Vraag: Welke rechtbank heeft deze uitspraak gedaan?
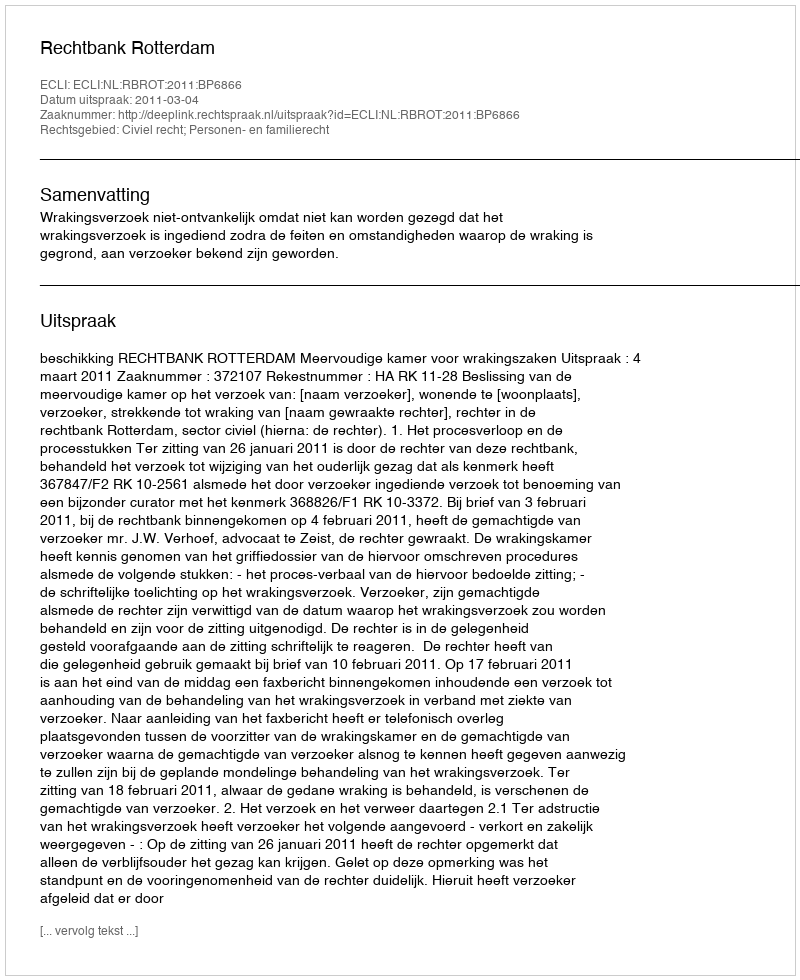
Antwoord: Rechtbank Rotterdam